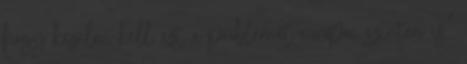
hogy kezelni kell ezt a problémát európai szinten is.”